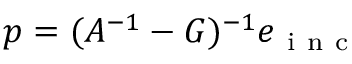
p = ( A ^ { - 1 } - G ) ^ { - 1 } e _ { \mathrm { ~ i ~ n ~ c ~ } }